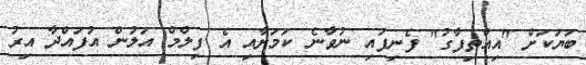
ބަޔަކަށް "އިއްތިފާގު" ފެނިފައި ނުވާނެ ކަމަށާއި އެ ފިލްމް އަލުން އުފައްދާ އިރު